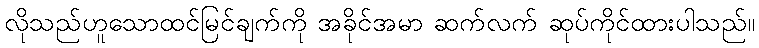
လိုသည်ဟူသောထင်မြင်ချက်ကို အခိုင်အမာ ဆက်လက် ဆုပ်ကိုင်ထားပါသည်။